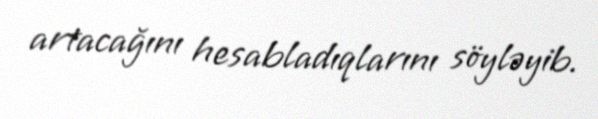
artacağını hesabladıqlarını söyləyib.